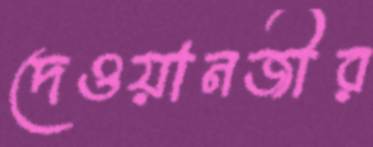
দেওয়ানজীর